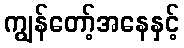
ကျွန်တော့်အနေနှင့်